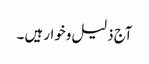
آج ذلیل وخوار ہیں ۔